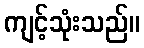
ကျင့်သုံးသည်။